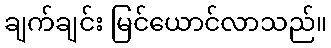
ချက်ချင်း မြင်ယောင်လာသည်။